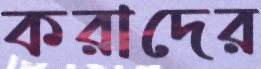
করাদের